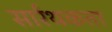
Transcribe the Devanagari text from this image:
सार्रथकता